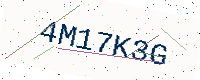
Text: 4M17K3G